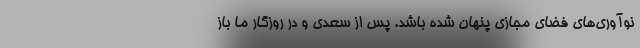
نوآوری‌های فضای مجازی پنهان شده باشد. پس از سعدی و در روزگار ما باز